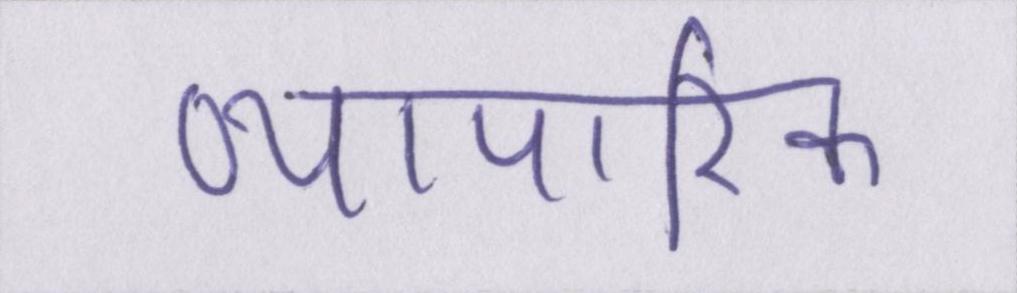
व्यापारिक